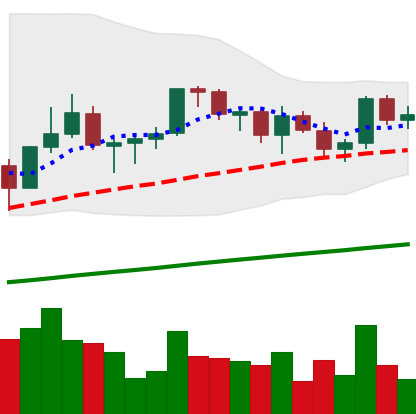
Ticker: LINK-USD
Chart end date: 2021-03-19
Forward return: -16.235%
Label: down_7plus